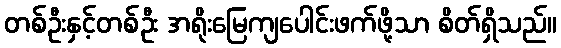
တစ်ဦးနှင့်တစ်ဦး အရိုးမြေကျပေါင်းဖက်ဖို့သာ စိတ်ရှိသည်။